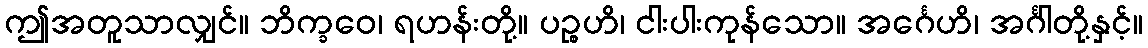
ဤအတူသာလျှင်။ ဘိက္ခဝေ၊ ရဟန်းတို့။ ပဉ္စဟိ၊ ငါးပါးကုန်သော။ အင်္ဂေဟိ၊ အင်္ဂါတို့နှင့်။